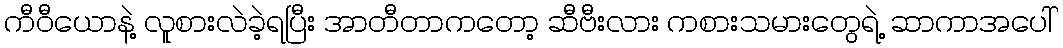
ကီဝီယောနဲ့ လူစားလဲခဲ့ရပြီး အာတီတာကတော့ ဆီဗီးလား ကစားသမားတွေရဲ့ ဆာကာအပေါ်